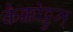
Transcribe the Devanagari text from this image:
कैक्कोट्टुम्